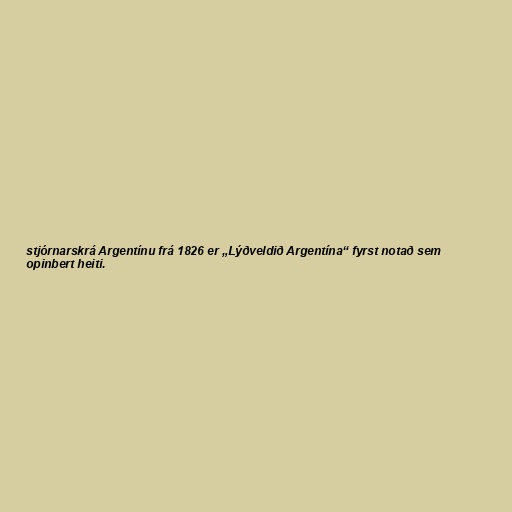
stjórnarskrá Argentínu frá 1826 er „Lýðveldið Argentína“ fyrst notað sem
opinbert heiti.